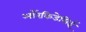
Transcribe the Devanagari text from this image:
ऑरकिडेसिई